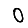
Digit: 0